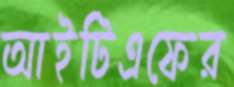
আইটিএফের